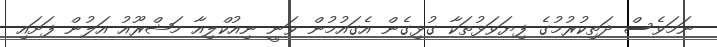
ނަމަވެސް ދަތިކުރުމުގެ ފިޔަވަޅުތަކާ ގުޅިގެން އެގައުމުން ވަނީ ނިއުކްލިއާ މަޝްރޫއު އަލުން ފަށައި